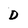
Character: D